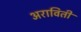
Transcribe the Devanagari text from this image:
अराविती